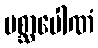
ပစ္ဆာပေါဏံ